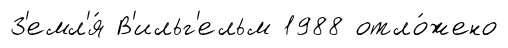
З'емл'я́ В'ильг'ельм 1988 отло́жено